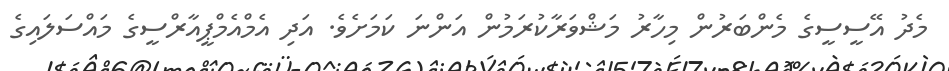
މެދު އޭސީސީގެ މެންބަރުން މިހާރު މަޝްވަރާކުރަމުން އަންނަ ކަމަށެވެ. އަދި އެމްއެމްޕީއާރްސީގެ މައްސަލައިގެ